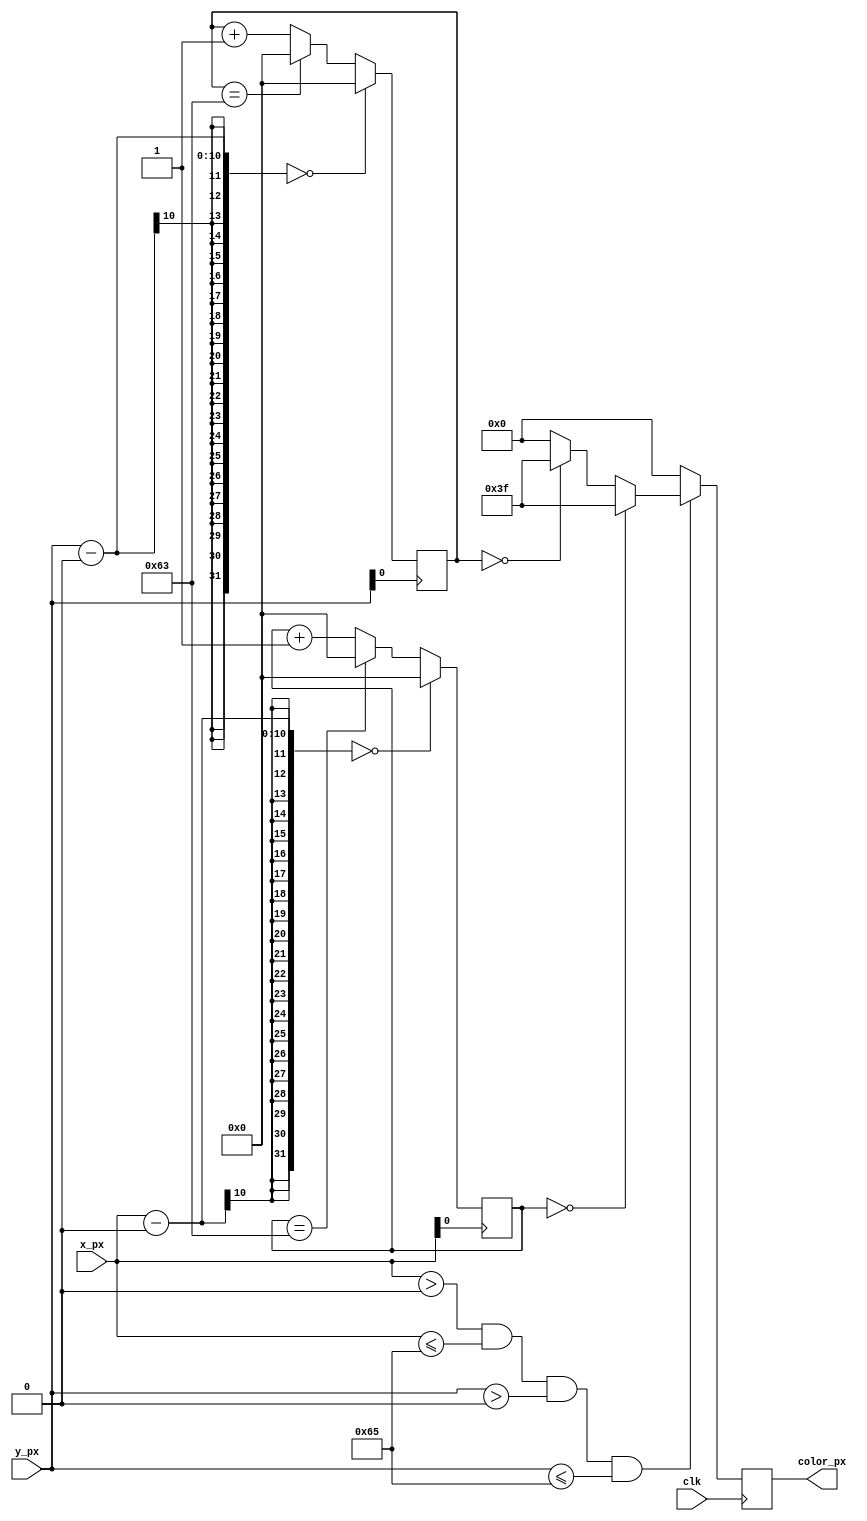
module grid
#(
    parameter x_off = 0,
    parameter y_off = 0,
    parameter space = 100,
    parameter color = 6'b111111,
    parameter w = 100,
    parameter h = 100
)
(
    input wire        clk,        // System clock.
    input wire [9:0]  x_px,       // X position actual pixel.
    input wire [9:0]  y_px,       // Y position actual pixel.
    output reg [5:0]  color_px    // Actual pixel color.
);

    localparam N = $clog2(space);
    reg [N-1:0] xcounter = 0;
    reg [N-1:0] ycounter = 0;

    always @(posedge x_px[0]) begin
        xcounter <= xcounter + 1;
        if(xcounter == space - 1)
            xcounter <= 0;
        if(x_px - x_off  == 0)
            xcounter <= 0;
    end
    always @(posedge y_px[0]) begin
        ycounter <= ycounter + 1;
        if(ycounter == space - 1)
            ycounter <= 0;
        if(y_px - y_off  == 0)
            ycounter <= 0;
    end
    
    always @(posedge clk)
    begin
        // If we're inside the square
        if ((x_px > x_off) && (x_px <= x_off + w + 1) && (y_px > y_off) && (y_px <= y_off + h + 1))   
        begin
            if(xcounter == 0)
                color_px <= color;
            else if (ycounter == 0)
                color_px <= color;
            else
                color_px <= 0;
        end
        else
           color_px <= 0;
    end

endmodule